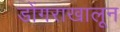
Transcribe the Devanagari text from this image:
डोंगराखालून